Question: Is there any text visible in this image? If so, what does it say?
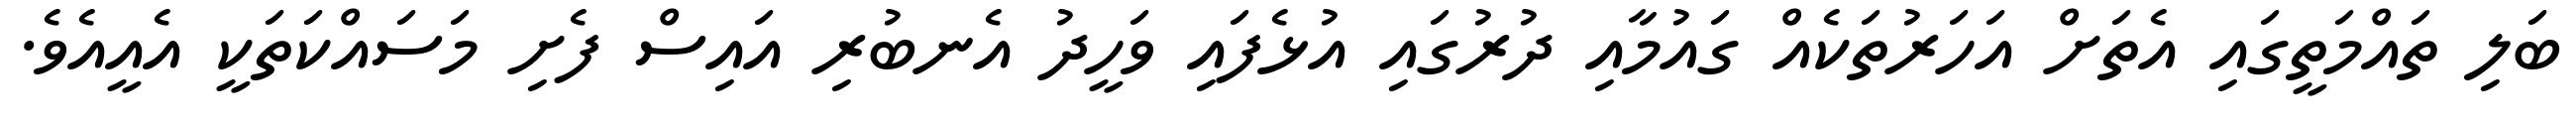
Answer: ބަލި ތައްމަތީގައި އެތަށް އަހަރުތަކެއް ގައުމާއި ދުރުގައި އުޅެފައި ވަހީދު އެނބުރި އައިސް ފެށި މަސައްކަތަކީ އެއީއެވެ.